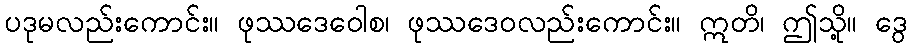
ပဒုမလည်းကောင်း။ ဖုဿဒေဝေါစ၊ ဖုဿဒေဝလည်းကောင်း။ ဣတိ၊ ဤသို့။ ဒွေ